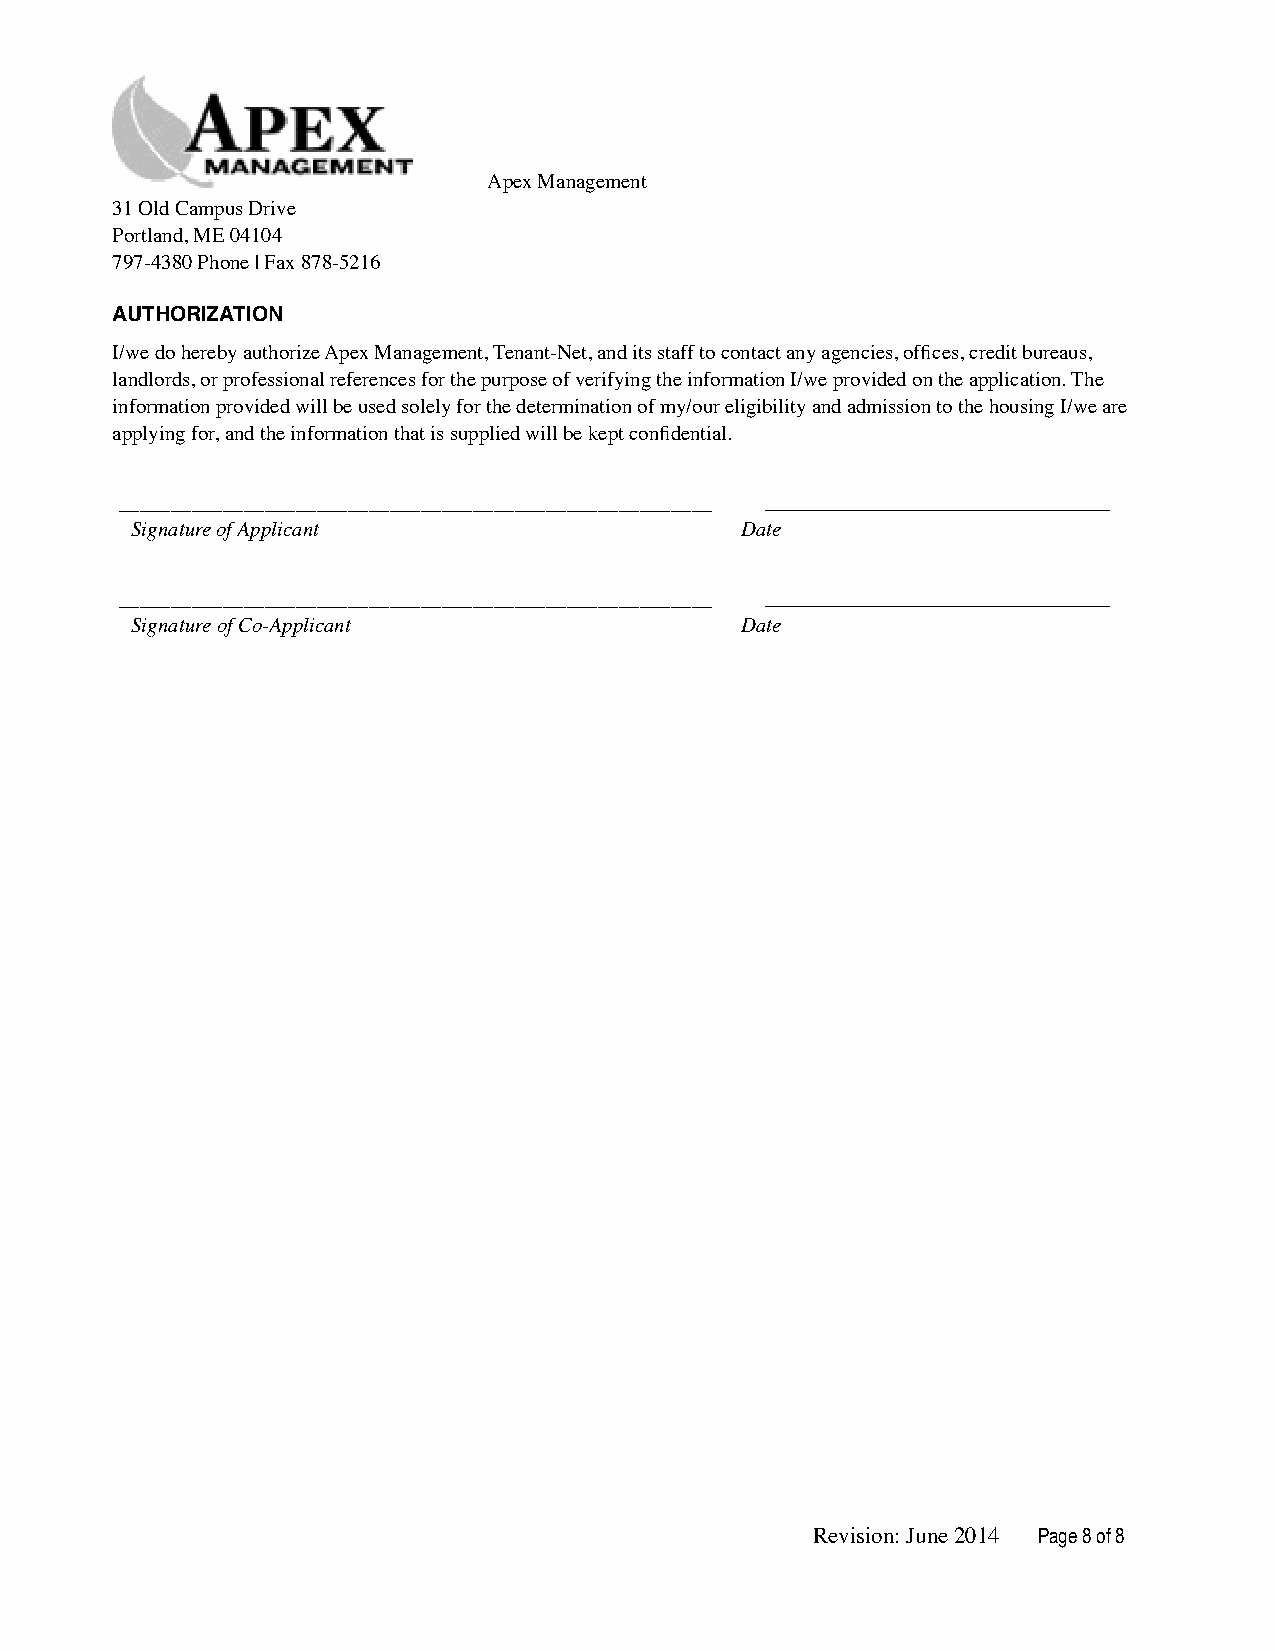
Apex Management
 31 Old Campus Drive
 Portland, ME 04104
 797-4380 Phone | Fax 878-5216
 AUTHORIZATION
 I/we do hereby authorize Apex Management, Tenant-Net, and its staff to contact any agencies, offices, credit bureaus,
 landlords, or professional references for the purpose of verifying the information I/we provided on the application. The
 information provided will be used solely for the determination of my/our eligibility and admission to the housing I/we are
 applying for, and the information that is supplied will be kept confidential.
 _________________________________________________________
 Signature of Applicant                  Date
 _________________________________________________________
 Signature of Co-Applicant               Date
 Revision: June 2014 Page !8 of !8